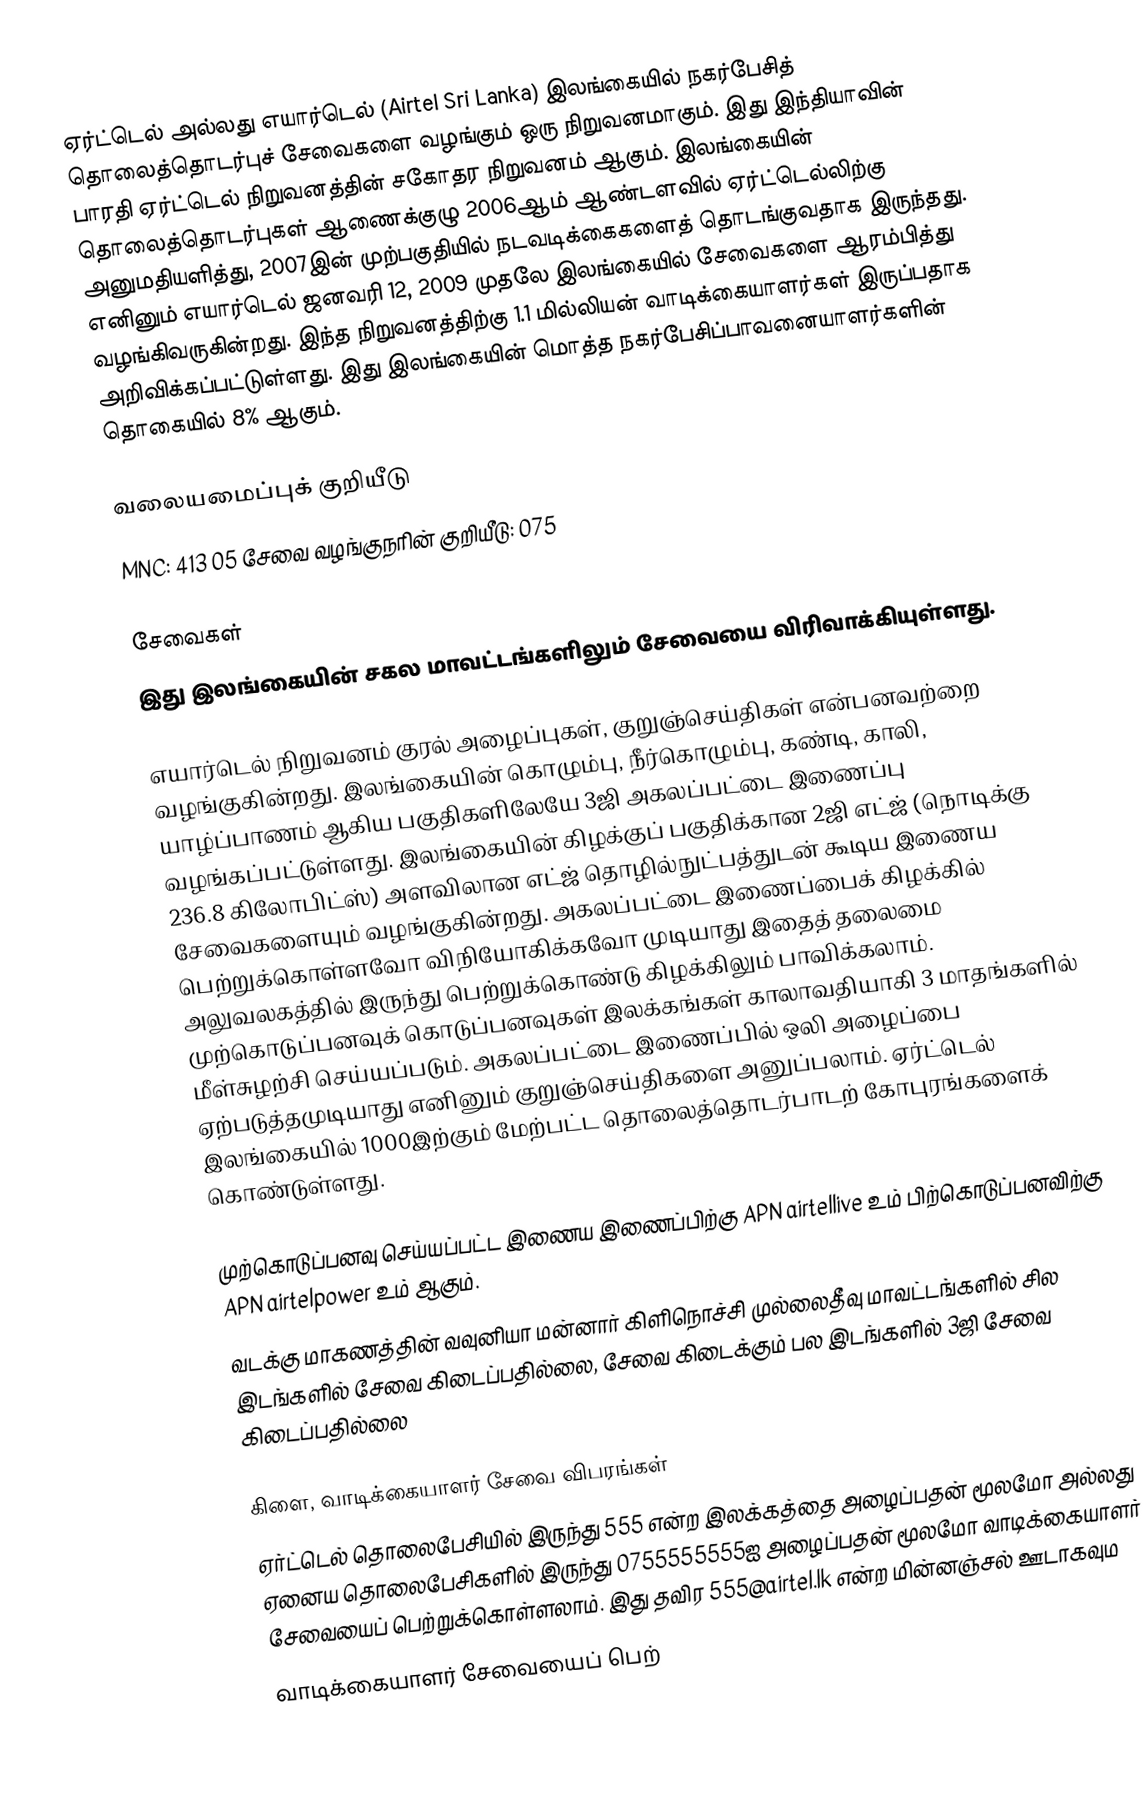
ஏர்ட்டெல் அல்லது எயார்டெல் (Airtel Sri Lanka) இலங்கையில் நகர்பேசித் தொலைத்தொடர்புச் சேவைகளை வழங்கும் ஒரு நிறுவனமாகும். இது இந்தியாவின் பாரதி ஏர்ட்டெல் நிறுவனத்தின் சகோதர நிறுவனம் ஆகும். இலங்கையின் தொலைத்தொடர்புகள் ஆணைக்குழு 2006ஆம் ஆண்டளவில் ஏர்ட்டெல்லிற்கு அனுமதியளித்து, 2007இன் முற்பகுதியில் நடவடிக்கைகளைத் தொடங்குவதாக இருந்தது. எனினும் எயார்டெல் ஜனவரி 12, 2009 முதலே இலங்கையில் சேவைகளை ஆரம்பித்து வழங்கிவருகின்றது. இந்த நிறுவனத்திற்கு 1.1 மில்லியன் வாடிக்கையாளர்கள் இருப்பதாக அறிவிக்கப்பட்டுள்ளது. இது இலங்கையின் மொத்த நகர்பேசிப்பாவனையாளர்களின் தொகையில் 8% ஆகும்.

வலையமைப்புக் குறியீடு
MNC: 413 05 சேவை வழங்குநரின் குறியீடு: 075

சேவைகள்
இது இலங்கையின் சகல மாவட்டங்களிலும் சேவையை விரிவாக்கியுள்ளது.

எயார்டெல் நிறுவனம் குரல் அழைப்புகள், குறுஞ்செய்திகள் என்பனவற்றை வழங்குகின்றது. இலங்கையின் கொழும்பு, நீர்கொழும்பு, கண்டி, காலி, யாழ்ப்பாணம் ஆகிய பகுதிகளிலேயே 3ஜி அகலப்பட்டை இணைப்பு வழங்கப்பட்டுள்ளது. இலங்கையின் கிழக்குப் பகுதிக்கான 2ஜி எட்ஜ் (நொடிக்கு 236.8 கிலோபிட்ஸ்) அளவிலான எட்ஜ் தொழில்நுட்பத்துடன் கூடிய இணைய சேவைகளையும் வழங்குகின்றது. அகலப்பட்டை இணைப்பைக் கிழக்கில் பெற்றுக்கொள்ளவோ விநியோகிக்கவோ முடியாது இதைத் தலைமை அலுவலகத்தில் இருந்து பெற்றுக்கொண்டு கிழக்கிலும் பாவிக்கலாம். முற்கொடுப்பனவுக் கொடுப்பனவுகள் இலக்கங்கள் காலாவதியாகி 3 மாதங்களில் மீள்சுழற்சி செய்யப்படும். அகலப்பட்டை இணைப்பில் ஒலி அழைப்பை ஏற்படுத்தமுடியாது எனினும் குறுஞ்செய்திகளை அனுப்பலாம். ஏர்ட்டெல் இலங்கையில் 1000இற்கும் மேற்பட்ட தொலைத்தொடர்பாடற் கோபுரங்களைக் கொண்டுள்ளது.

முற்கொடுப்பனவு செய்யப்பட்ட இணைய இணைப்பிற்கு APN airtellive உம் பிற்கொடுப்பனவிற்கு APN airtelpower உம் ஆகும்.
வடக்கு மாகணத்தின் வவுனியா மன்னார் கிளிநொச்சி முல்லைதீவு மாவட்டங்களில் சில இடங்களில் சேவை கிடைப்பதில்லை, சேவை கிடைக்கும் பல இடங்களில் 3ஜி சேவை கிடைப்பதில்லை

கிளை, வாடிக்கையாளர் சேவை விபரங்கள்
ஏர்ட்டெல் தொலைபேசியில் இருந்து 555 என்ற இலக்கத்தை அழைப்பதன் மூலமோ அல்லது ஏனைய தொலைபேசிகளில் இருந்து 0755555555ஐ அழைப்பதன் மூலமோ வாடிக்கையாளர் சேவையைப் பெற்றுக்கொள்ளலாம். இது தவிர 555@airtel.lk என்ற மின்னஞ்சல் ஊடாகவும
வாடிக்கையாளர் சேவையைப் பெற்